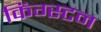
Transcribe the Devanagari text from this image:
किंग्‍स्‍टन